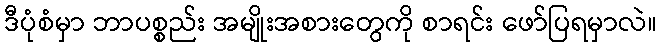
ဒီပုံစံမှာ ဘာပစ္စည်း အမျိုးအစားတွေကို စာရင်း ဖော်ပြရမှာလဲ။